Malaria in the Duars
Disease focus: Malaria
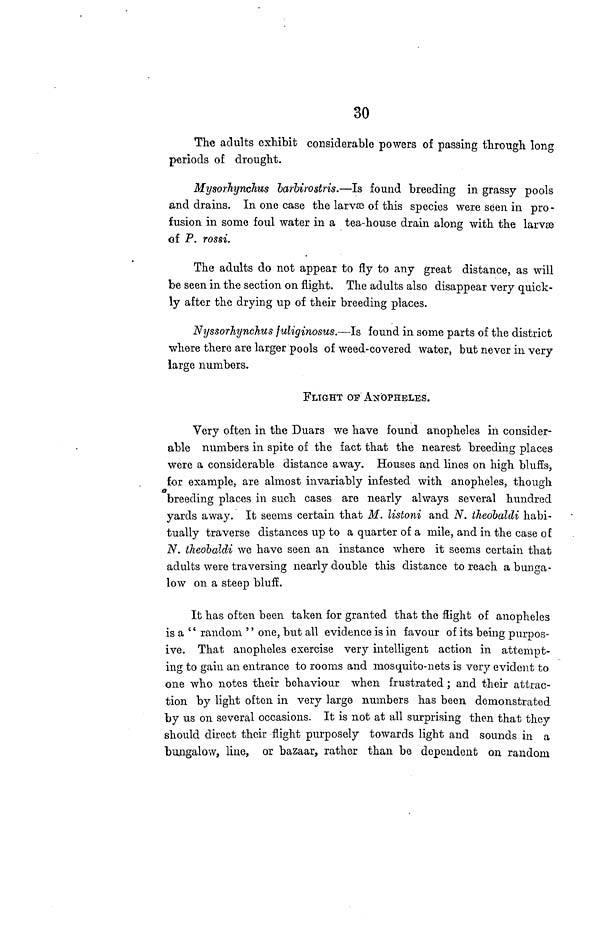
30
The adults exhibit considerable powers of passing through long
periods of drought.
Mysorhynchus barbirostris.—Is found breeding in grassy pools
and drains. In one case the larvæ of this species were seen in pro-
fusion in some foul water in a tea-house drain along with the larvæ
of P. rossi.
The adults do not appear to fly to any great distance, as will
be seen in the section on flight. The adults also disappear very quick-
ly after the drying up of their breeding places.
Nyssorhynchus fuliginosus.—Is found in some parts of the district
where there are larger pools of weed-covered water, but never in very
large numbers.
FLIGHT OF ANOPHELES.
Very often in the Duars we have found anopheles in consider-
able numbers in spite of the fact that the nearest breeding places
were a considerable distance away. Houses and lines on high bluffs,
for example, are almost invariably infested with anopheles, though
breeding places in such cases are nearly always several hundred
yards away. It seems certain that M. listoni and N. theobaldi habi-
tually traverse distances up to a quarter of a mile, and in the case of
N. theobaldi we have seen an instance where it seems certain that
adults were traversing nearly double this distance to reach a bunga-
low on a steep bluff.
It has often been taken for granted that the flight of anopheles
is a " random " one, but all evidence is in favour of its being purpos-
ive. That anopheles exercise very intelligent action in attempt-
ing to gain an entrance to rooms and mosquito-nets is very evident to
one who notes their behaviour when frustrated ; and their attrac-
tion by light often in very large numbers has been demonstrated
by us on several occasions. It is not at all surprising then that they
should direct their flight purposely towards light and sounds in a
bungalow, line, or bazaar, rather than be dependent on random